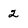
Character: 2